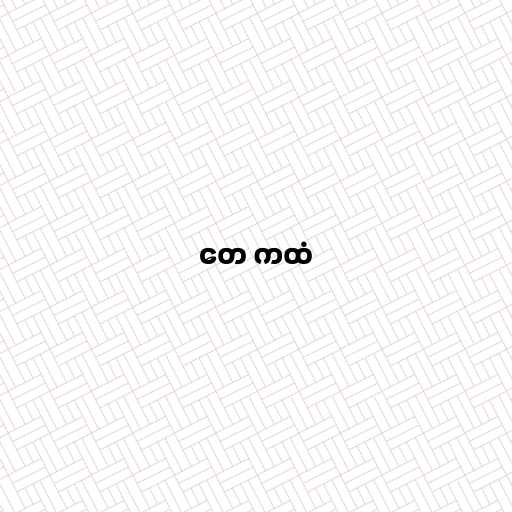
တေ ကထံ